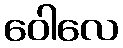
ဝေါလေ